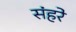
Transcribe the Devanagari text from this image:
संहरे